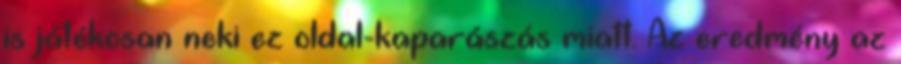
is játékosan neki ez oldal-kaparászás miatt. Az eredmény az